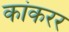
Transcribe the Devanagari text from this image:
कांकरर